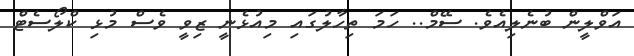
އަވްލީން ބުނެލިއެވެ. ސޭމް.. ހަމަ ތިހާލުގައި މިއުޅެނީ ޒިވީ ވެސް މުޅި ކްލޯސެޓް